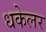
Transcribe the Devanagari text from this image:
धकेलर